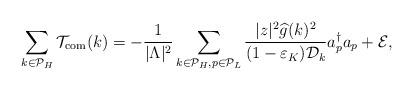
LaTeX: \begin{align*}\sum_{k \in \mathcal{P}_H} \mathcal T_{\rm{com}}(k) = - \frac{1}{\vert \Lambda \vert^2} \sum_{k \in \mathcal{P}_H, p \in \mathcal P_L} \frac{\vert z \vert^2 \widehat g(k)^2 }{ (1-\varepsilon_K) \mathcal D_k} a_p^\dagger a_p + \mathcal E, \end{align*}